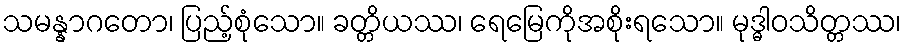
သမန္နာဂတော၊ ပြည့်စုံသော။ ခတ္တိယဿ၊ ရေမြေကိုအစိုးရသော။ မုဒ္ဓါဝသိတ္တဿ၊